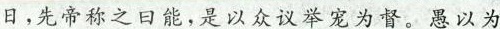
日，先帝称之曰能，是以众议举宠为督。愚以为